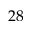
2 8